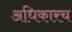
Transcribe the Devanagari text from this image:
अधिकारच